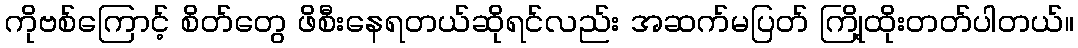
ကိုဗစ်ကြောင့် စိတ်တွေ ဖိစီးနေရတယ်ဆိုရင်လည်း အဆက်မပြတ် ကြို့ထိုးတတ်ပါတယ်။